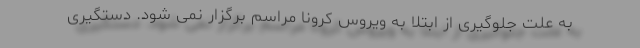
به علت جلوگیری از ابتلا به ویروس کرونا مراسم برگزار نمی شود. دستگیری